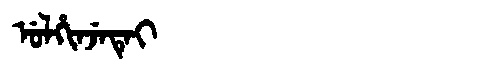
Manchu: ᡠᠯᡥᡳᠨᠵᡝᡨᡝᡳ
Romanization: ULHINJETEI